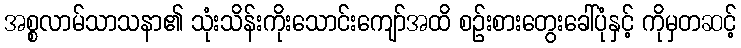
အစ္စလာမ်သာသနာ၏ သုံးသိန်းကိုးသောင်းကျော်အထိ စဉ်းစားတွေးခေါ်ပုံနှင့် ကိုမှတဆင့်